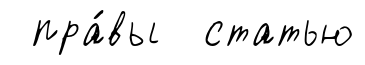
пра́вы статью